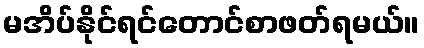
မအိပ်နိုင်ရင်တောင်စာဖတ်ရမယ်။